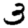
Digit: 3